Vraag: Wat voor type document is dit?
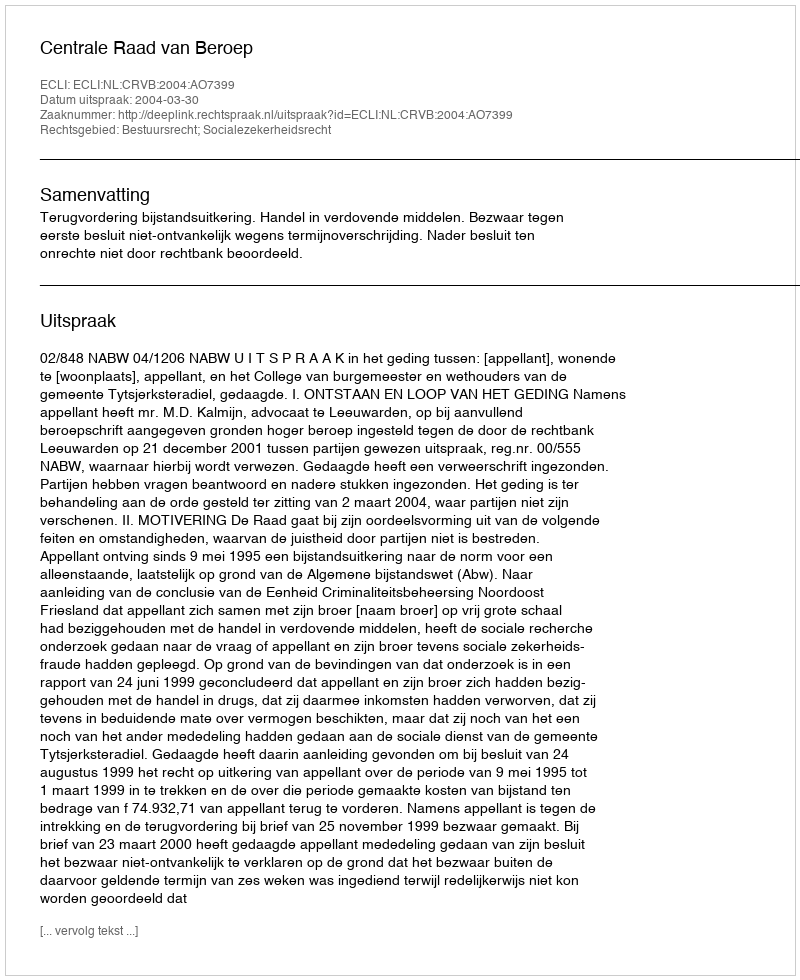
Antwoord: Uitspraak